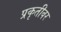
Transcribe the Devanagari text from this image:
प्रकृतीवर